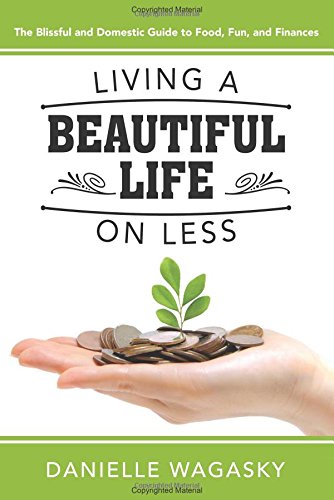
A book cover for Living a Beautiful Life on Less: The Blissful and Domestic Guide to Food, Fun, and Finances; Danielle Wagasky; Crafts, Hobbies & Home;